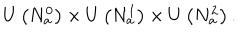
U \left( N _ { a } ^ { 0 } \right) \times U \left( N _ { a } ^ { 1 } \right) \times U \left( N _ { a } ^ { 2 } \right) .